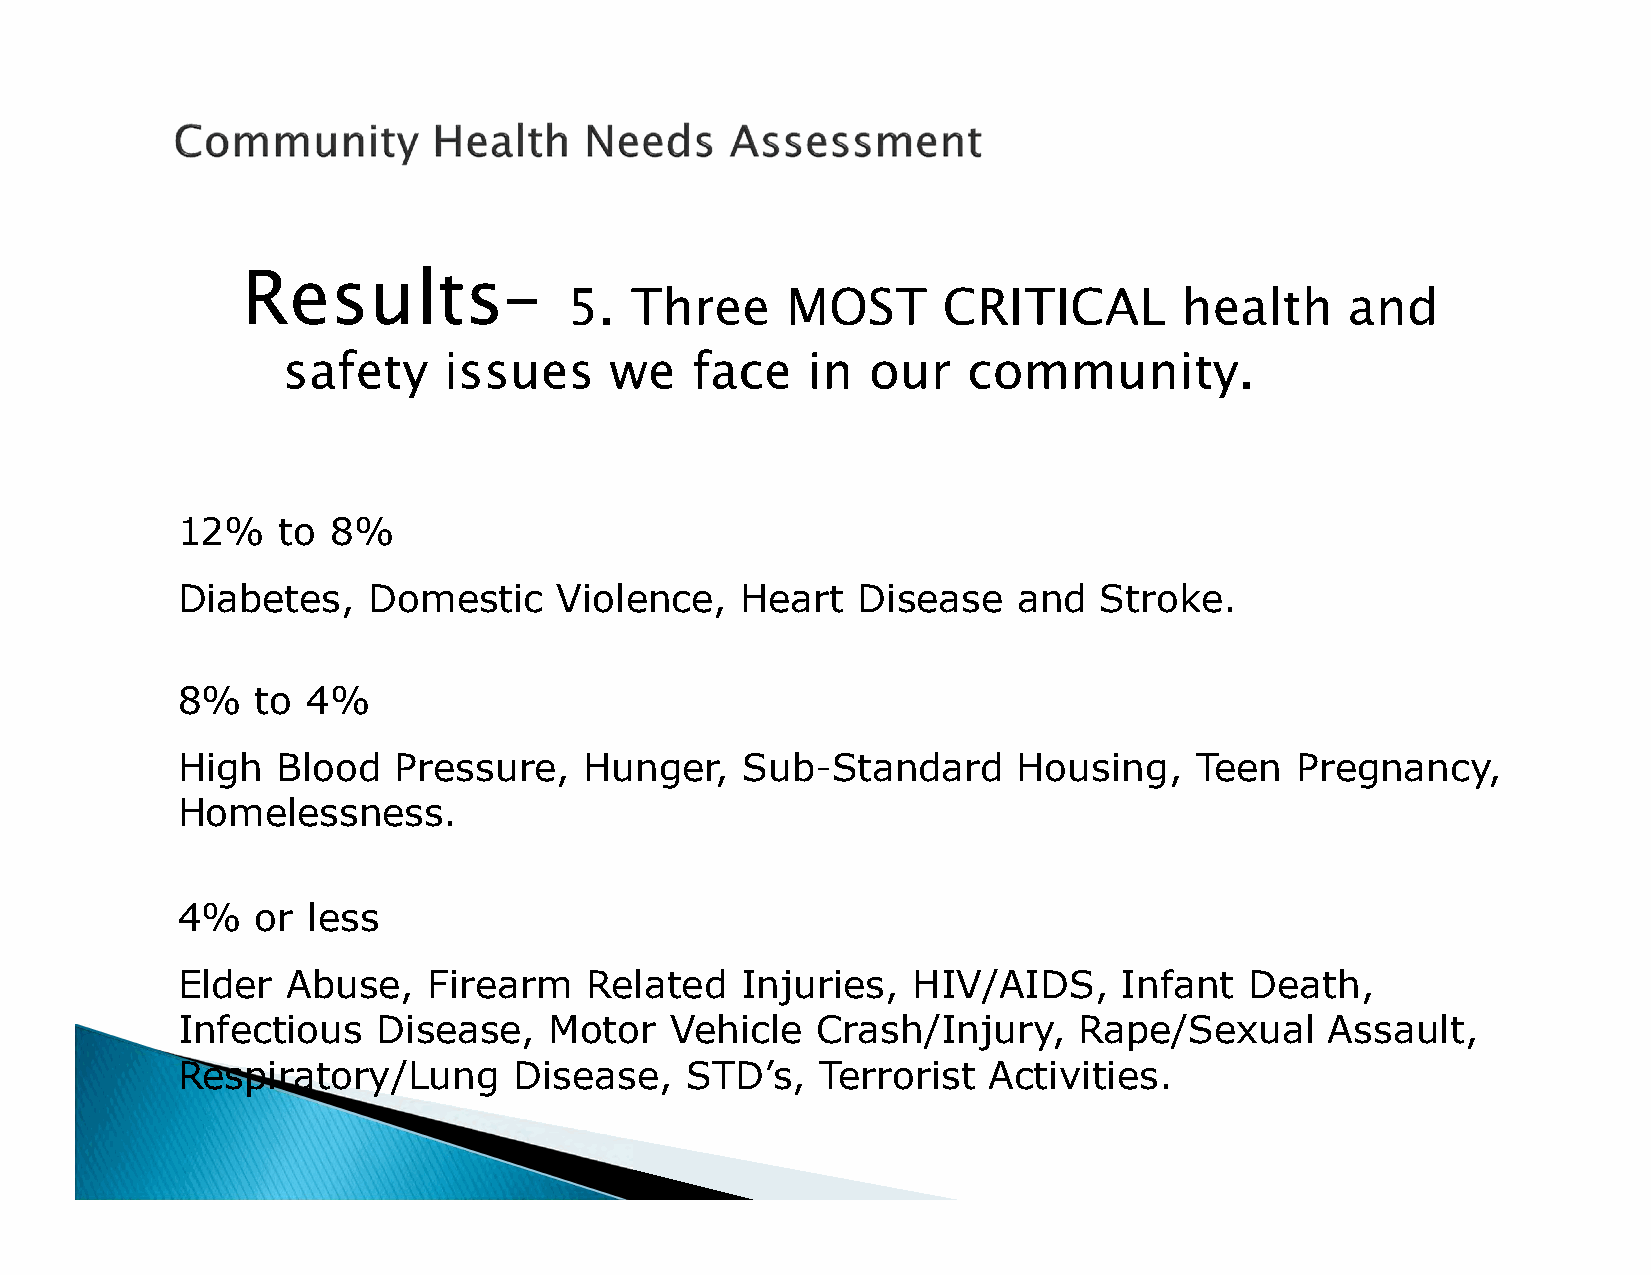
Results–
 5.  Three     MOST      CRITICAL        health     and
 safety    issues     we    face   in   our   community.
 12%   to  8%
 Diabetes,   Domestic     Violence,   Heart   Disease   and   Stroke.
 8%   to 4%
 High  Blood   Pressure,    Hunger,   Sub-Standard      Housing,    Teen   Pregnancy,
 Homelessness.
 4%   or less
 Elder  Abuse,   Firearm    Related   Injuries,  HIV/AIDS,     Infant   Death,
 Infectious   Disease,   Motor   Vehicle   Crash/Injury,    Rape/Sexual      Assault,
 Respiratory/Lung      Disease,   STD’s,   Terrorist  Activities.